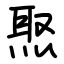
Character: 焣